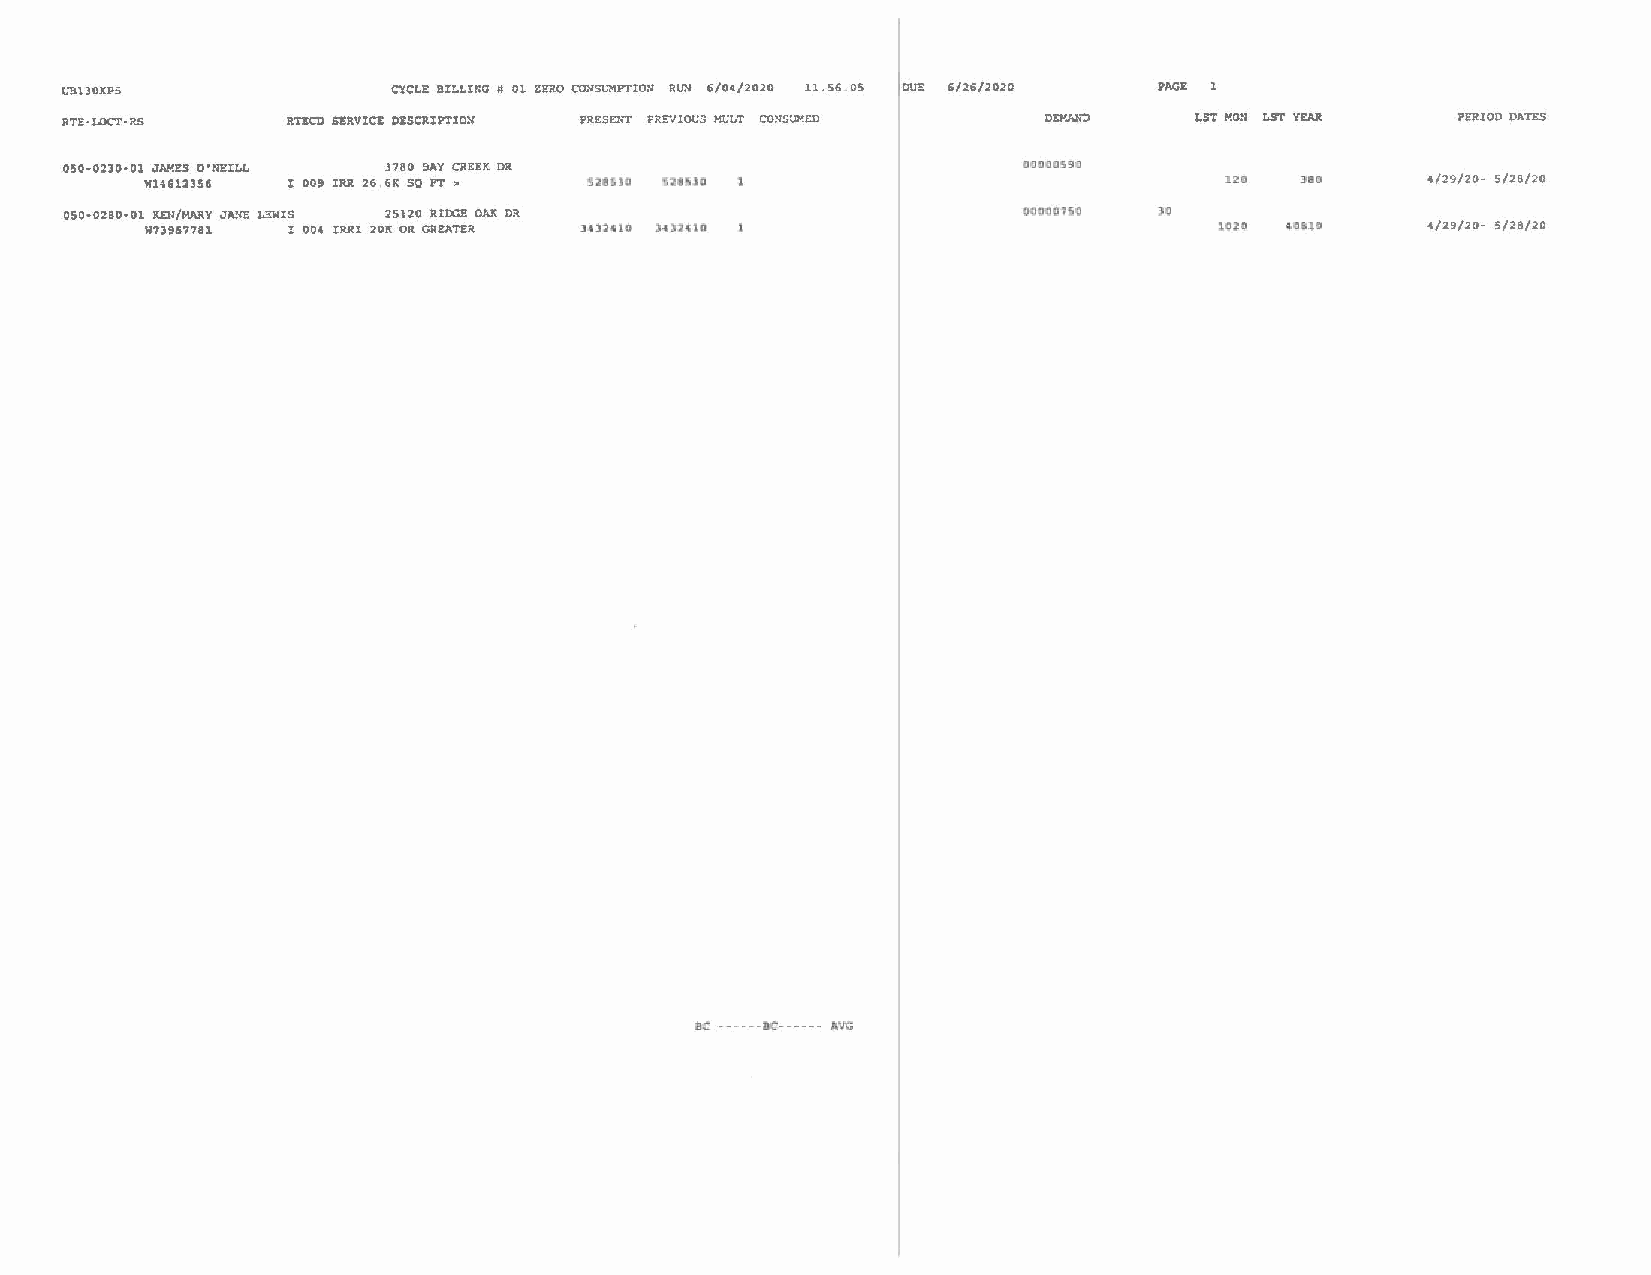
UlHJOXP5              CYCLE BILLI!iG # 01 ZOO CONSL"MPTION Rim 6/0</2020 11.56 . 05 cu;; 6/26/2D2D PAGE
 RTE•LOCT•RS    RTl!CD SERVIO: DESCRIPTION PRESEIIT PREVIOUS HULT CONS1.l>IED DEMAND LS1' MON LST Y!!Al! PERIOD DATES
 OS0·02JO•Ol JAMES O'NEILL 3780 BAY Clll!EK DR                   ODDJOS9J
 W14612lS6  oo, IRll 26 6K SQ PT >                                       ua   >ID     4/29/20· 5/28/20
 050•0280•01 KEN/MIIRY JA.'l'E LEWIS 25UO RIIJG!! OAK DR         UOOOOHG  30
 wn,67781 I 004 IRRI 201C OR GREATER Hl2410 )OHlO                       lUC 4HU      4/2'/20· S/28/20